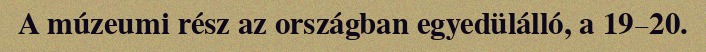
A múzeumi rész az országban egyedülálló, a 19–20.